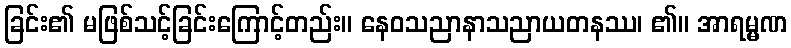
ခြင်း၏ မဖြစ်သင့်ခြင်းကြောင့်တည်း။ နေဝသညာနာသညာယတနဿ၊ ၏။ အာရမ္မဏ